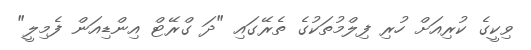
ވިކީގެ ކުރިއަށް ހުރި ފިލްމުތަކުގެ ތެރޭގައި "ދަ ގްރޭޓް އިންޑިއަން ފެމިލީ"